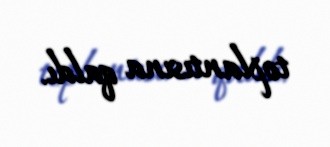
toplantısına qaldı.